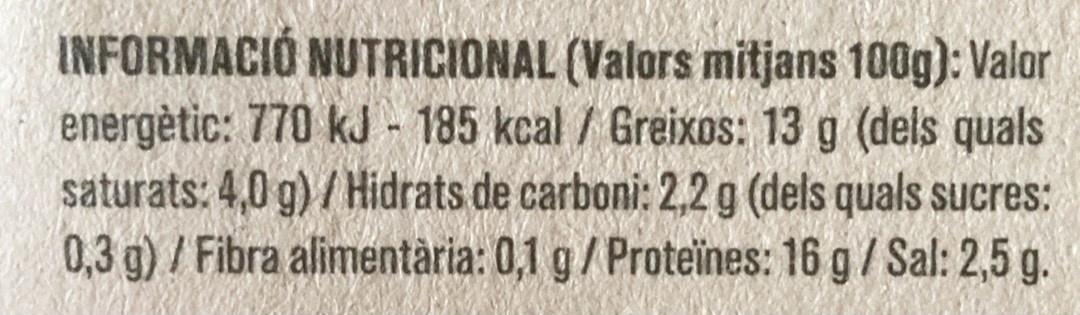
INFORMACIÓ NUTRICIONAL (Valors mitjans 100g): Valor energètic: 770 kJ - 185 kcal / Greixos: 13 g (dels quals saturats: 4,0 g) / Hidrats de carboni: 2,2 g (dels quals sucres: 0,3 g) / Fibra alimentària: 0,1 g/Proteïnes: 16 g/ Sal: 2,5 g.